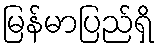
မြန်မာပြည်ရှိ